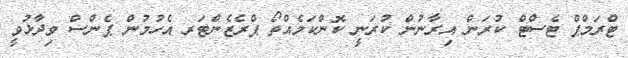
ޓްރަމްޕް ޓެސްޓް ކުރަން އިރާނުން ކުރަނީ ކޮންކަމެއްތޯ ޕްރެޒެންޓަރ އެހުމުން ޕެންސް ވިދާޅުވީ